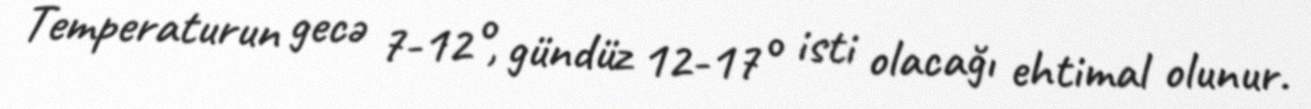
Temperaturun gecə 7-12°, gündüz 12-17° isti olacağı ehtimal olunur.